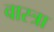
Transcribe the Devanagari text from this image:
वास्त्रा